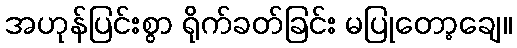
အဟုန်ပြင်းစွာ ရိုက်ခတ်ခြင်း မပြုတော့ချေ။